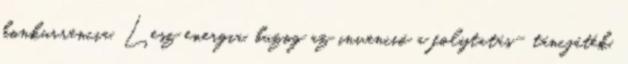
konkurrencia. Lesz energia, buzog az invenció a folytatás- táncjáték,